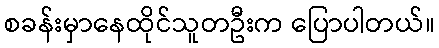
စခန်းမှာနေထိုင်သူတဦးက ပြောပါတယ်။